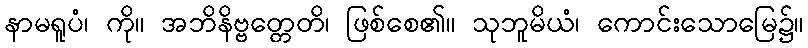
နာမရူပံ၊ ကို။ အဘိနိဗ္ဗတ္တေတိ၊ ဖြစ်စေ၏။ သုဘူမိယံ၊ ကောင်းသောမြေ၌။